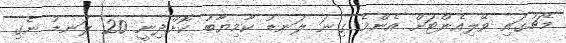
މެޗުގައި ވޭލިއެންޓަށް އެންމެ ގިނަ ލަނޑު ކާމިޔާބު ކޮށްދިނީ 20 ލަނޑު ނެގި